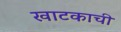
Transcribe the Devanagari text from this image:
खाटकाची